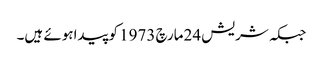
جبکہ شریش 24مارچ 1973 کوپیداہوئے ہیں۔